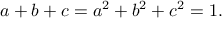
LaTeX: a + b + c = a ^ { 2 } + b ^ { 2 } + c ^ { 2 } = 1 .